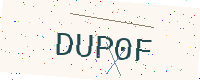
Text: DUP0F